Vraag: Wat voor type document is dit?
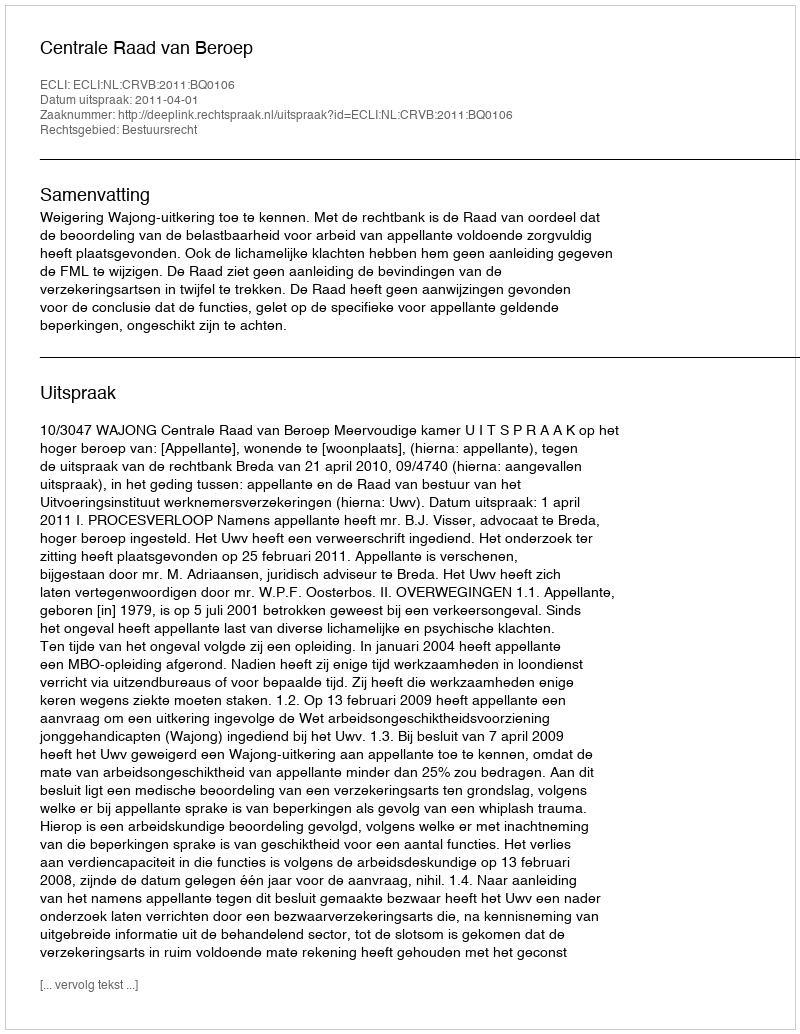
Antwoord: Uitspraak